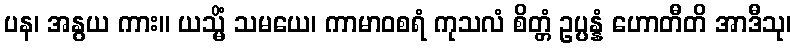
ပန၊ အနွယ ကား။ ယသ္မိံ သမယေ၊ ကာမာဝစရံ ကုသလံ စိတ္တံ ဥပ္ပန္နံ ဟောတီတိ အာဒီသု၊